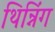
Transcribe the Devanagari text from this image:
थिन्निंग